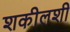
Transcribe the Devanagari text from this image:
शकीलशी